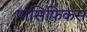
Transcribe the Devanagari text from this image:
पासिफ़िकस